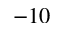
- 1 0